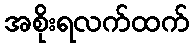
အစိုးရလက်ထက်